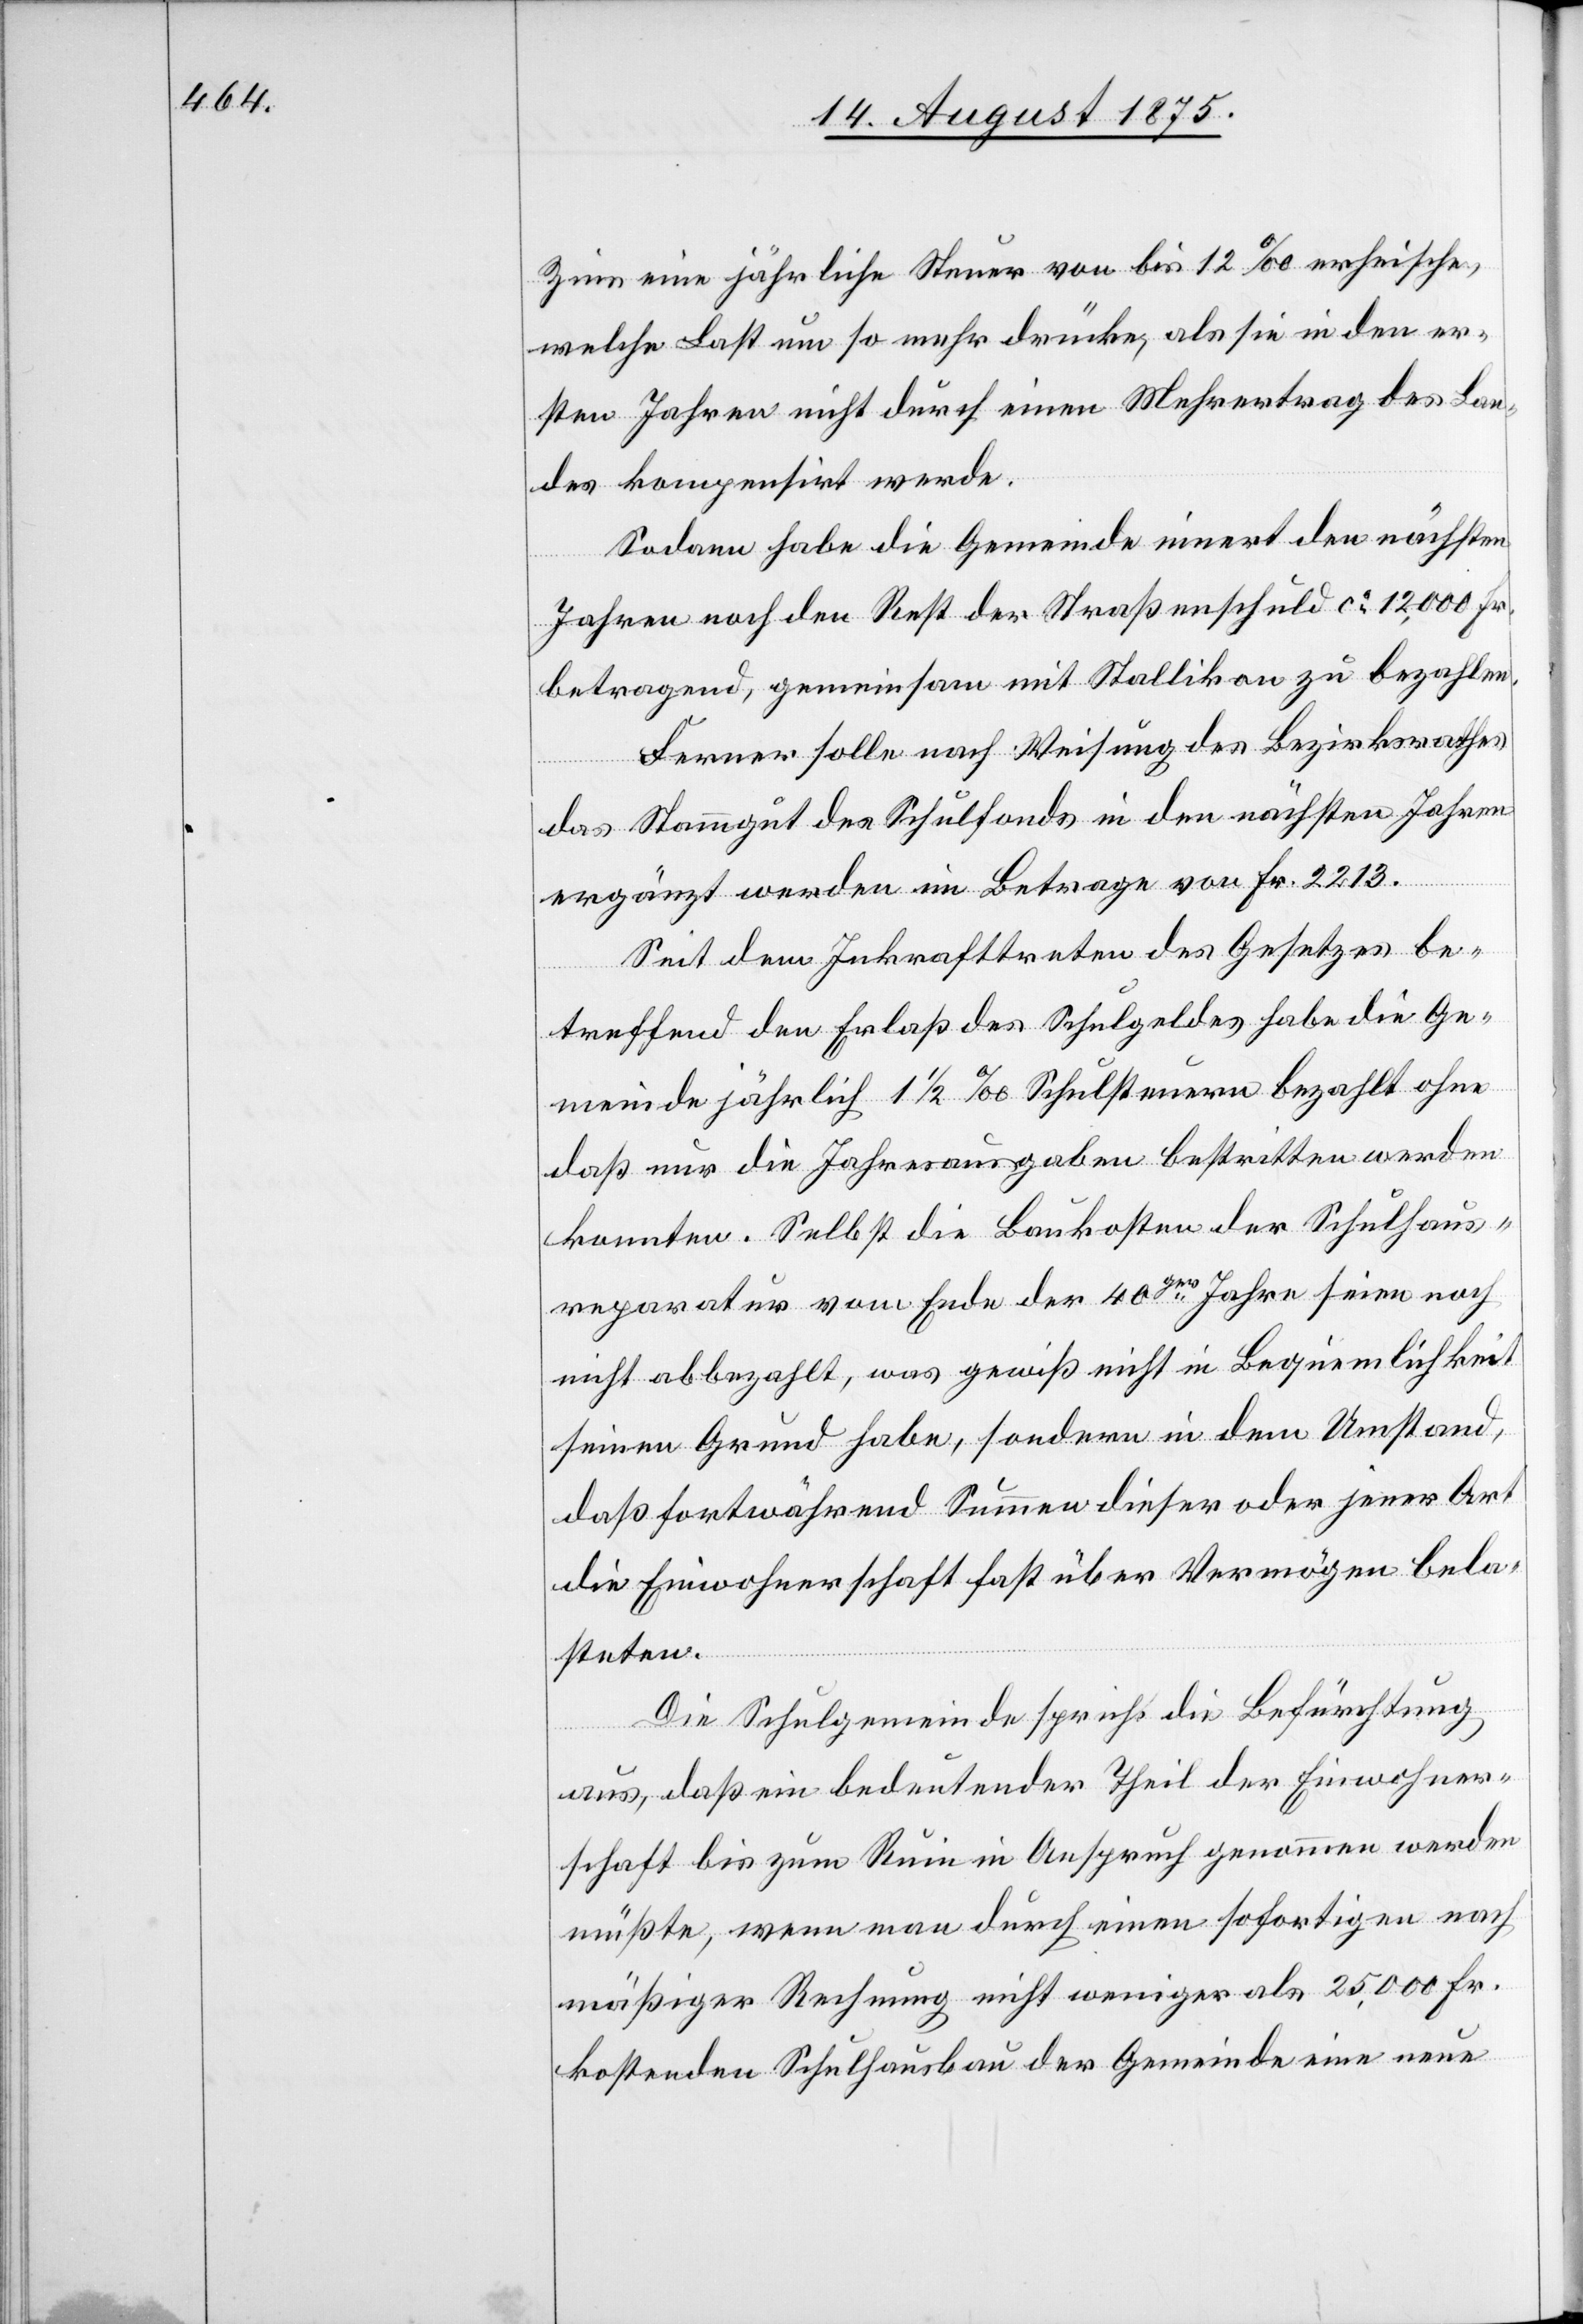
Zins eine jährliche Steuer von bis 12% erheische,
welche Last um so mehr drücke, als sie in den er¬
sten Jahren nicht durch einen Mehrertrag des Lan¬
des kompensirt werde.
Sodann habe die Gemeinde innert den nächsten
Jahren noch den Rest der Straßenschuld ca 12,000 Fr.
betragend gemeinsam mit Stallikon zu bezahlen.
Ferner solle nach Weisung des Bezirksrathes
wollte.
das Stammgut des Schulfonds in den nächsten Jahren
ergänzt werden im Betrage von Fr. 2213.
Seit dem Inkrafttreten des Gesetzes be¬
treffend den Erlaß des Schulgeldes habe die Ge¬
meinde jährlich 1 1/2‰ Schulsteuern bezahlt ohne
daß nur die Jahresausgaben bestritten werden
konnten. Selbst die Baukosten der Schulhaus¬
reparatur vom Ende der 40ger Jahre seien noch
nicht abbezahlt, was gewiß nicht in Bequemlichkeit
seinen Grund habe, sondern in dem Umstand,
daß fortwährend Summen dieser oder jener Art
die Einwohnerschaft fast über Vermögen bela¬
steten.
Die Schulgemeinde spricht die Befürchtung
aus, daß ein bedeutender Theil der Einwohner¬
schaft bis zum Ruin in Anspruch genommen werden
müßte, wenn man durch einen sofortigen nach
mäßiger Rechnung nicht weniger als 25,000 Fr.
kostenden Schulhausbau der Gemeinde eine neue